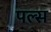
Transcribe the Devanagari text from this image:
पल्‍स